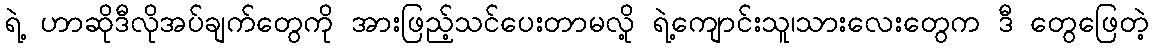
ရဲ့ ဟာဆိုဒီလိုအပ်ချက်တွေကို အားဖြည့်သင်ပေးတာမလို့ ရဲ့ကျောင်းသူ၊သားလေးတွေက ဒီ တွေဖြေတဲ့